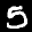
Label: 5